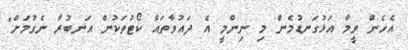
އެހެން ވީމާ އަޅުގަނޑުމެން މި ނިންމީ އެ ދައުވާތައް ކޯޓުތަކުން އަނބުރާ ނެގުމަށް"